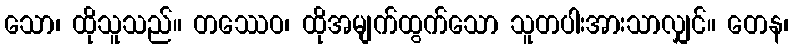
သော၊ ထိုသူသည်။ တဿေဝ၊ ထိုအမျက်ထွက်သော သူတပါးအားသာလျှင်။ တေန၊